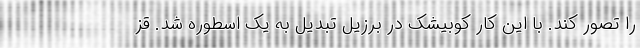
را تصور کند. با این کار کوبیشک در برزیل تبدیل به یک اسطوره شد. قز